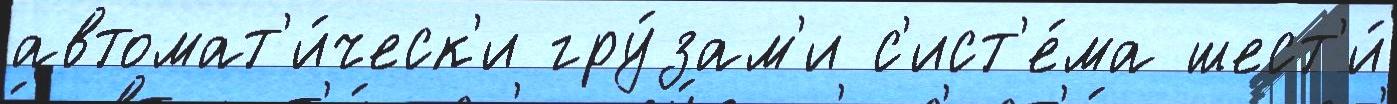
автомат'и́ческ'и гру́зам'и с'ист'е́ма шест'и́